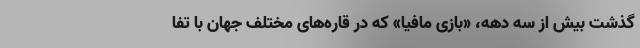
گذشت بیش از سه دهه، «بازی مافیا» که در قاره‌های مختلف جهان با تفا